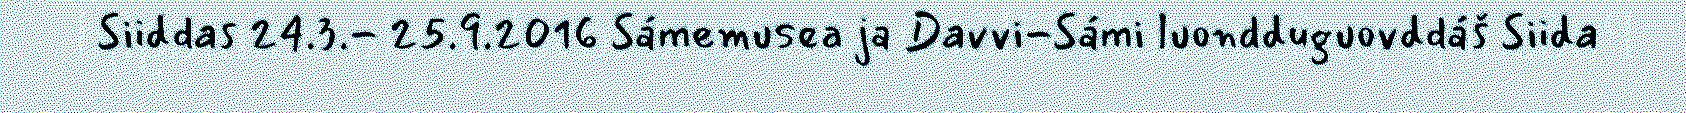
Siiddas 24.3.- 25.9.2016 Sámemusea ja Davvi-Sámi luondduguovddáš Siida